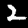
Digit: 2